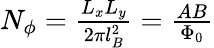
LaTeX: \begin{array}{r}{N_{\phi}=\frac{L_{x}L_{y}}{2\pi l_{B}^{2}}=\frac{AB}{\Phi_{0}}}\end{array}